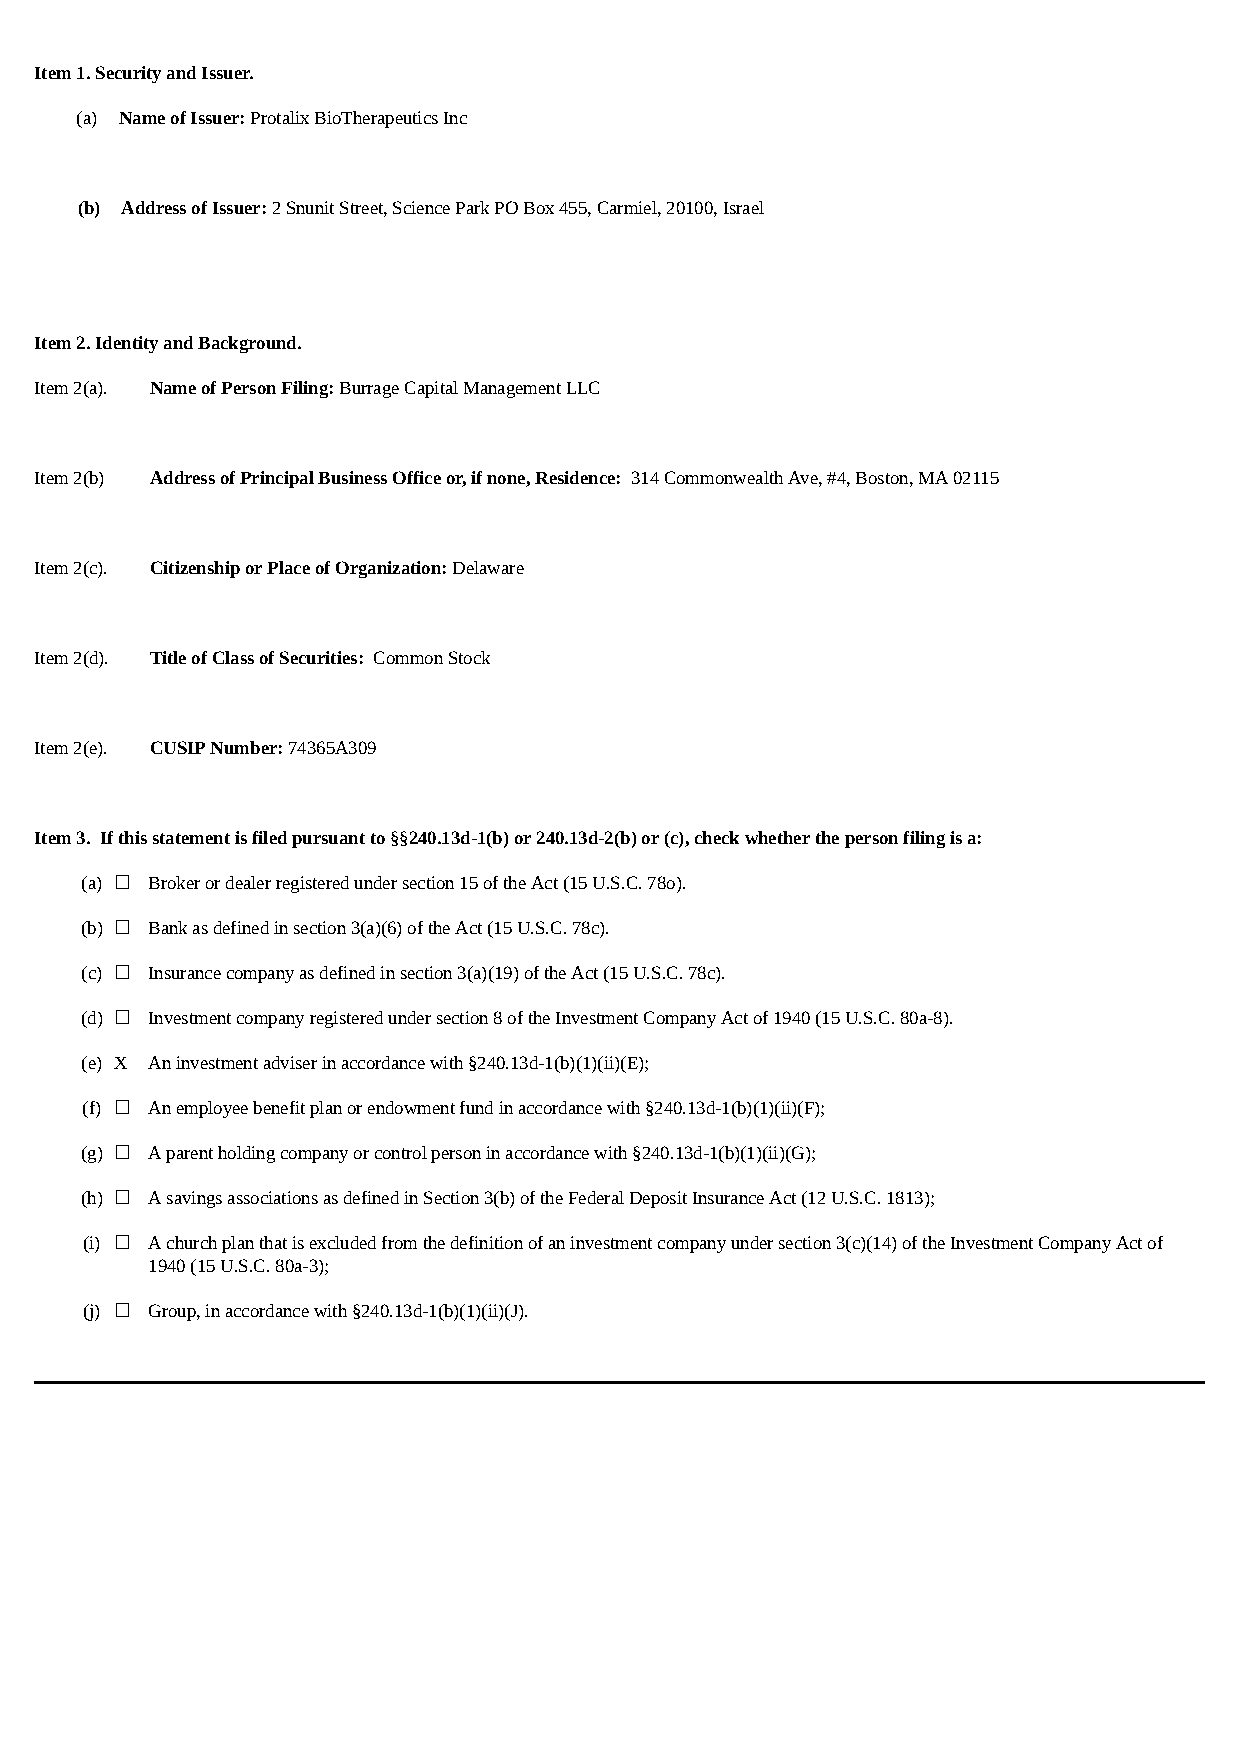
Item 1. Security and Issuer.
 (a) Name of Issuer: Protalix BioTherapeutics Inc
 (b) Address of Issuer: 2 Snunit Street, Science Park PO Box 455, Carmiel, 20100, Israel
 Item 2. Identity and Background.
 Item 2(a). Name of Person Filing: Burrage Capital Management LLC
 Item 2(b) Address of Principal Business Office or, if none, Residence: 314 Commonwealth Ave, #4, Boston, MA 02115
 Item 2(c). Citizenship or Place of Organization: Delaware
 Item 2(d). Title of Class of Securities: Common Stock
 Item 2(e). CUSIP Number: 74365A309
 Item 3. If this statement is filed pursuant to §§240.13d-1(b) or 240.13d-2(b) or (c), check whether the person filing is a:
 (a) ☐ Broker or dealer registered under section 15 of the Act (15 U.S.C. 78o).
 (b) ☐ Bank as defined in section 3(a)(6) of the Act (15 U.S.C. 78c).
 (c) ☐ Insurance company as defined in section 3(a)(19) of the Act (15 U.S.C. 78c).
 (d) ☐ Investment company registered under section 8 of the Investment Company Act of 1940 (15 U.S.C. 80a-8).
 (e) X An investment adviser in accordance with §240.13d-1(b)(1)(ii)(E);
 (f) ☐ An employee benefit plan or endowment fund in accordance with §240.13d-1(b)(1)(ii)(F);
 (g) ☐ A parent holding company or control person in accordance with §240.13d-1(b)(1)(ii)(G);
 (h) ☐ A savings associations as defined in Section 3(b) of the Federal Deposit Insurance Act (12 U.S.C. 1813);
 (i) ☐ A church plan that is excluded from the definition of an investment company under section 3(c)(14) of the Investment Company Act of
 1940 (15 U.S.C. 80a-3);
 (j) ☐ Group, in accordance with §240.13d-1(b)(1)(ii)(J).